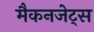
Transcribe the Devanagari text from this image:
मैकनजेट्स